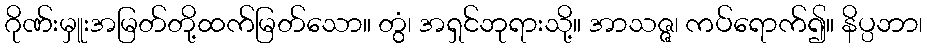
ဂိုဏ်းမှူးအမြတ်တို့ထက်မြတ်သော။ တွံ၊ အရှင်ဘုရားသို့။ အာသဇ္ဇ၊ ကပ်ရောက်၍။ နိပ္ပဘာ၊